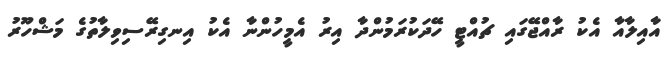
އާއިލާއާ އެކު ރާއްޖޭގައި ޗުއްޓީ ހޭދަކުރަމުންދާ އިރު އެމީހުންނާ އެކު އިނގިރޭސިވިލާތުގެ މަޝްހޫރު